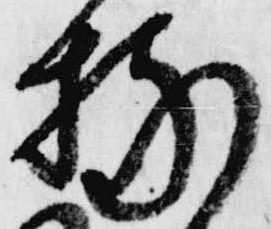
持